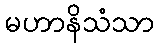
မဟာနိသံသာ